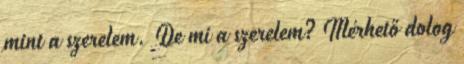
mint a szerelem. De mi a szerelem? Mérhető dolog